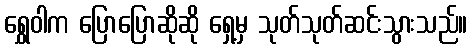
ရွှေဝါက ပြောပြောဆိုဆို ရှေ့မှ သုတ်သုတ်ဆင်းသွားသည်။